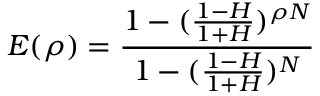
E ( \rho ) = \frac { 1 - ( \frac { 1 - H } { 1 + H } ) ^ { \rho N } } { 1 - ( \frac { 1 - H } { 1 + H } ) ^ { N } }